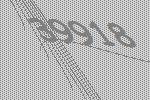
39918